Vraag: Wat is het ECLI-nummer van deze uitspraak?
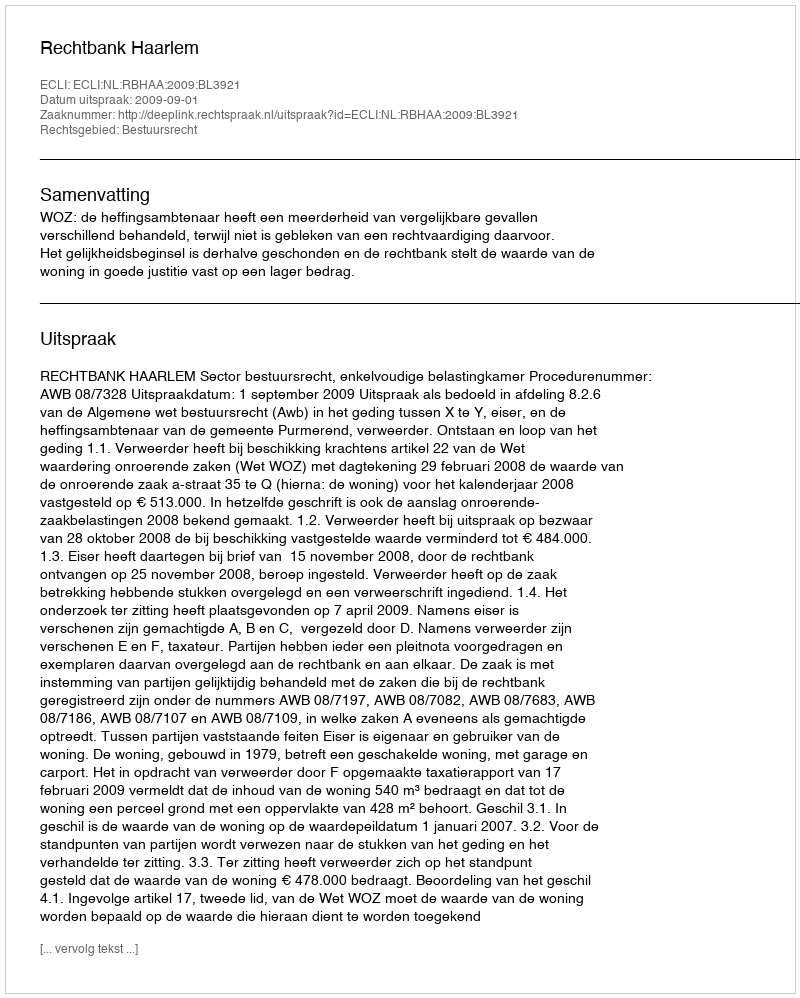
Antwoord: ECLI:NL:RBHAA:2009:BL3921